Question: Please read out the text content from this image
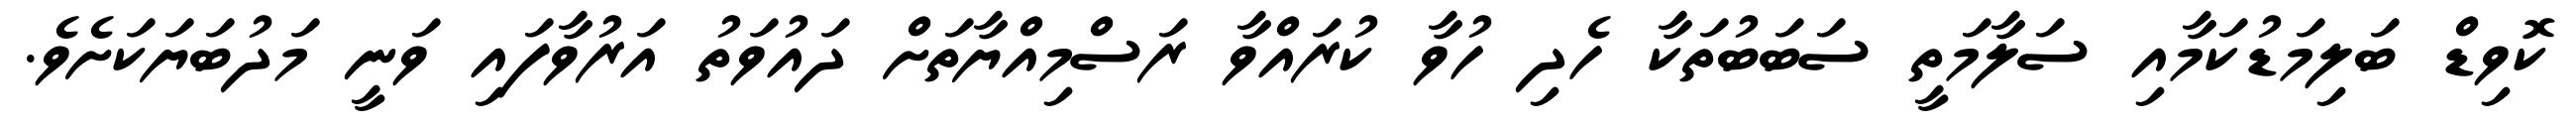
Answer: ކޮވިޑް ބަލިމަޑުކަމާއި ސަލާމަތީ ސަބަބުތަކާ ހެދި ހުވާ ކުރައްވާ ރަސްމިއްޔާތަށް ދައުވަތު އަރުވާފައި ވަނީ މަދުބަޔަކަށެވެ.